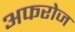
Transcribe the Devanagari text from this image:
अफरोज